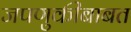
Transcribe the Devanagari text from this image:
जपणुकीबाबत